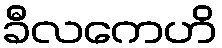
ခီလကေဟိ